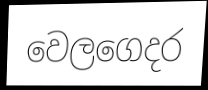
වෙලගෙදර